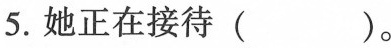
5.她正在接待( )。